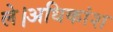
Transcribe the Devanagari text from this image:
ले।अधिकांश